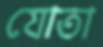
যোতা